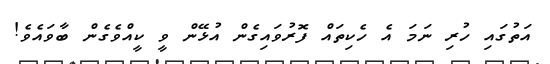
އަތުގައި ހުރި ނަމަ އެ ހެކިތައް ފޮރުވައިގެން އުޅޭން ވީ ކީއްވެގެން ބާވައެވެ!